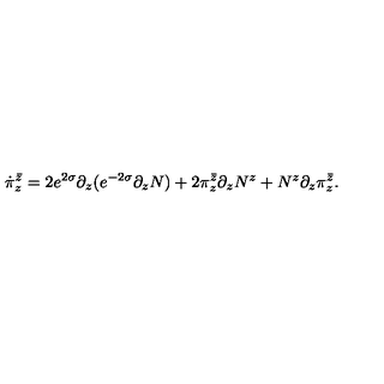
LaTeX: \dot { \pi } _ { z } ^ { \bar { z } } = 2 e ^ { 2 \sigma } \partial _ { z } ( e ^ { - 2 \sigma } \partial _ { z } N ) + 2 \pi _ { z } ^ { \bar { z } } \partial _ { z } N ^ { z } + N ^ { z } \partial _ { z } \pi _ { z } ^ { \bar { z } } .